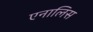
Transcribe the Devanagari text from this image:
एनालिस